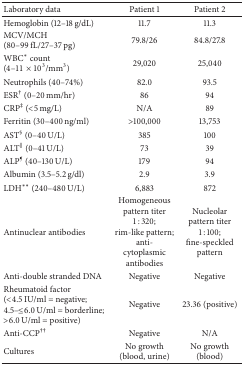
| Laboratory data | Patient 1 | Patient 2 |
 | --- | --- | --- |
 | Hemoglobin (12–18 g/dL) | 11.7 | 11.3 |
 | MCV/MCH (80–99 fL/27–37 pg) | 79.8/26 | 84.8/27.8 |
 | WBC∗ count (4–11 × 103/mm3) | 29,020 | 25,040 |
 | Neutrophils (40–74%) | 82.0 | 93.5 |
 | ESR† (0–20 mm/hr) | 86 | 94 |
 | CRP‡ (<5 mg/L) | N/A | 89 |
 | Ferritin (30–400 ng/ml) | >100,000 | 13,753 |
 | AST§ (0–40 U/L) | 385 | 100 |
 | ALT|| (0–41 U/L) | 73 | 39 |
 | ALP¶ (40–130 U/L) | 179 | 94 |
 | Albumin (3.5–5.2 g/dl) | 2.9 | 3.9 |
 | LDH∗∗ (240–480 U/L) | 6,883 | 872 |
 | Antinuclear antibodies | Homogeneous pattern titer 1 : 320;rim-like pattern;anti-cytoplasmic antibodies | Nucleolar pattern titer 1 : 100;fine-speckled pattern |
 | Anti-double stranded DNA | Negative | Negative |
 | Rheumatoid factor (<4.5 IU/ml = negative; 4.5–≤6.0 U/ml = borderline; >6.0 U/ml = positive) | Negative | 23.36 (positive) |
 | Anti-CCP†† | Negative | N/A |
 | Cultures | No growth (blood, urine) | No growth (blood) |